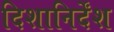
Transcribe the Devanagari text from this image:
दिशानिर्देंश